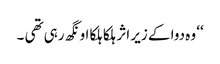
‘‘ وہ دوا کے زیر اثر ہلکا ہلکا اونگھ رہی تھی ۔